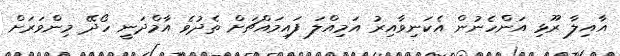
އާއިލާ ރޫޅި އަންހެނުން އެކަނިވާއިރު އަމިއްލަ ފައިމައްޗަށް ތެދުވެ އާމްދަނީ ހޯދޭ މިންވަރަށް